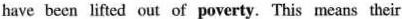
have been lifted out of poveruy.This means their